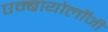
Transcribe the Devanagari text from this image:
एम्ब्रायोलाॅजी